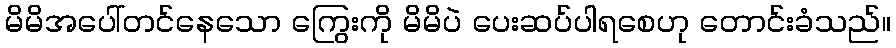
မိမိအပေါ်တင်နေသော ကြွေးကို မိမိပဲ ပေးဆပ်ပါရစေဟု တောင်းခံသည်။